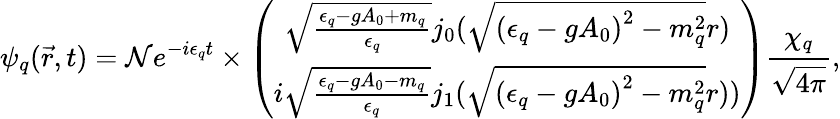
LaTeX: {\psi}_{q}({\vec{r}},t)={\cal{N}}e^{-i{\epsilon}_{q}t}\times\left(\begin{array}{c}{{{\sqrt{\frac{{\epsilon}_{q}-g{A}_{0}+{m}_{q}}{{\epsilon}_{q}}}j_{0}(\sqrt{{({\epsilon}_{q}-g{A}_{0})}_{}^{2}-{m}_{q}^{2}}r)}}}\\ {{i{\sqrt{\frac{{\epsilon}_{q}-g{A}_{0}-{m}_{q}}{{\epsilon}_{q}}}j_{1}(\sqrt{{({\epsilon}_{q}-g{A}_{0})}_{}^{2}-{m}_{q}^{2}}r))}}}\end{array}\right){\frac{{\chi}_{q}}{\sqrt{4\pi}}},